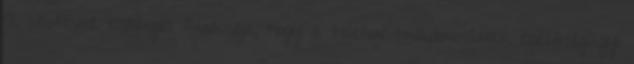
A szoftver elsődleges funkciója, hogy a telefon tulajdonosának egészségügyi